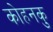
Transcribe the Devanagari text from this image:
कोहनकु